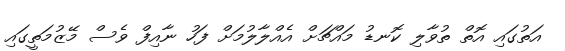
އަތުގައި އޮތް ތުވާލި ކޮނޑު މައްޗަށް އެއްލާލުމަށް ފަހު ނާއިފް ވެސް މޭޒުމަތީގައި